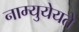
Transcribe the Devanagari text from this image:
नाम्युयेयते